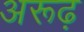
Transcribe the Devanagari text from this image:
अरूढ़